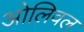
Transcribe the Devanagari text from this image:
ओलिवल